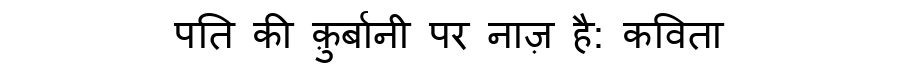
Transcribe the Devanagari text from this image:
पति की क़ुर्बानी पर नाज़ है: कविता